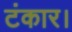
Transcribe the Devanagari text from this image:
टंकार।